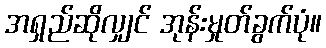
အရှည်ဆိုလျှင် အုန်းမှုတ်ခွက်ပုံ။